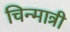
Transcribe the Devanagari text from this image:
चिन्मात्री